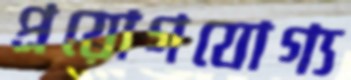
প্রয়োগযোগ্য